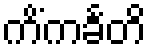
ကိံကင်္ခတိ